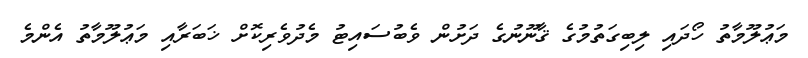
މަޢުލޫމާތު ހޯދައި ލިބިގަތުމުގެ ޤާނޫނުގެ ދަށުން ވެބުސައިޓު މެދުވެރިކޮށް ޚަބަރާއި މަޢުލޫމާތު އެންމެ